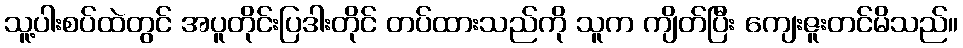
သူ့ပါးစပ်ထဲတွင် အပူတိုင်းပြဒါးတိုင် တပ်ထားသည်ကို သူက ကျိတ်ပြီး ကျေးဇူးတင်မိသည်။